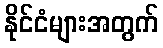
နိုင်ငံများအတွက်